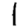
Digit: 1